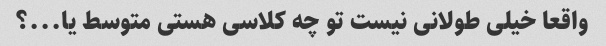
واقعا خیلی طولانی نیست تو چه کلاسی هستی متوسط ​​یا...؟